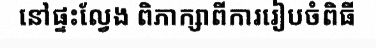
នៅផ្ទះល្វែង ពិភាក្សាពីការរៀបចំពិធី